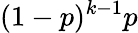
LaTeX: (1-p)^{k-1}p